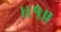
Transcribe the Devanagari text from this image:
।।१॥